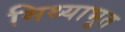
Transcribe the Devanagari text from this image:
मिथ्याभूत